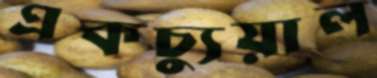
একচ্যুয়াল